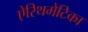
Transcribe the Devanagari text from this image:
ऐरिथमेटिका